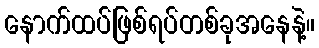
နောက်ထပ်ဖြစ်ရပ်တစ်ခုအနေနဲ့။